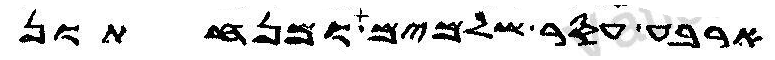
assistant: ארבע עסר שלמים ומנחתון